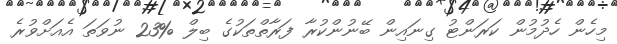
މިހެން ހެދުމުން ކަރަންޓު ގިނައިން ބޭނުންކުރާ ފަރާތްތަކުގެ ބިލް %23 ނުވަތަ އެއަށްވުރެ